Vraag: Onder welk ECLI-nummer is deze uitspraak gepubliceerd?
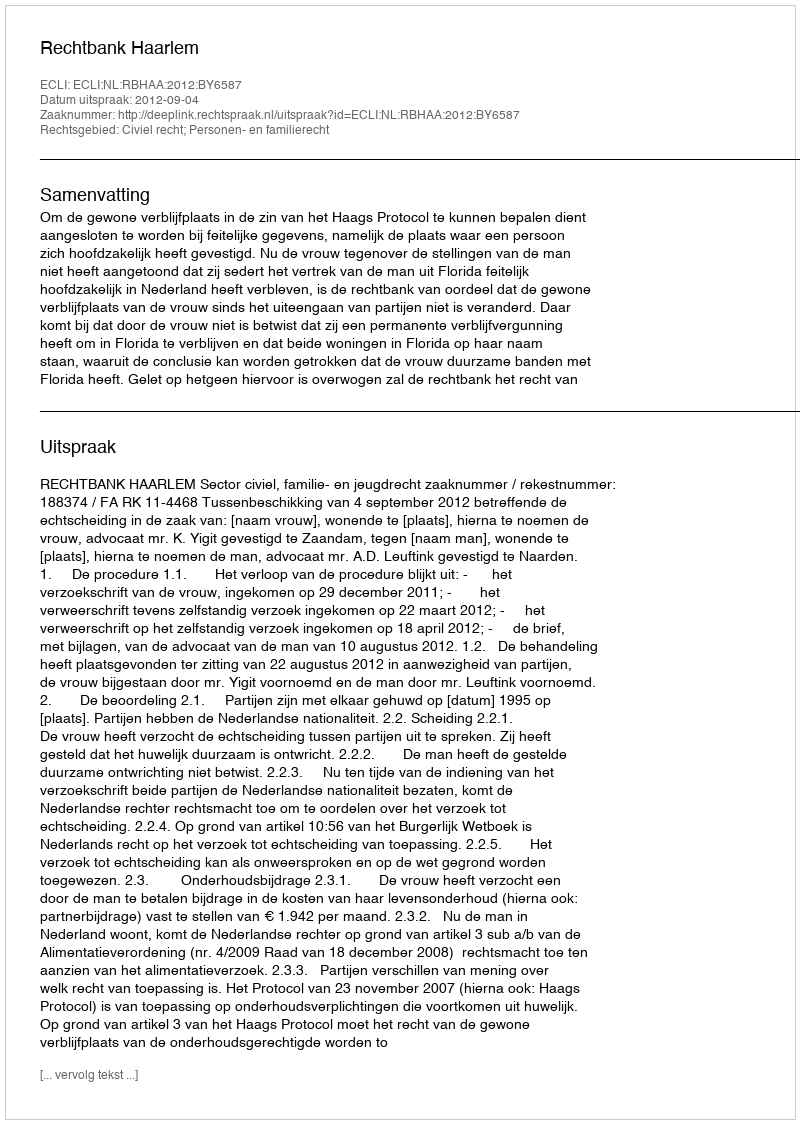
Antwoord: ECLI:NL:RBHAA:2012:BY6587